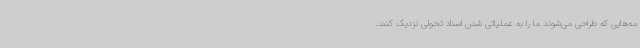
مه‌هایی که طراحی می‌شوند ما را به عملیاتی شدن اسناد تحولی نزدیک کنند.